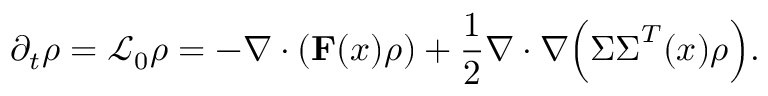
\partial _ { t } \rho = \mathcal { L } _ { 0 } \rho = - \nabla \cdot \left( \mathbf { F } ( \boldsymbol { x } ) \rho \right) + \frac { 1 } { 2 } \nabla \cdot \nabla \Big ( \boldsymbol { \Sigma } \boldsymbol { \Sigma } ^ { T } ( \boldsymbol { x } ) \rho \Big ) .